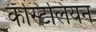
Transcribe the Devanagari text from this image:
कॅस्टिलियन